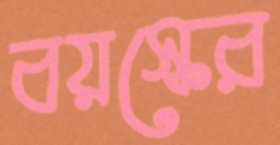
বয়স্কের